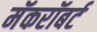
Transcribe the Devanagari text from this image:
मॅकरॉबर्ट